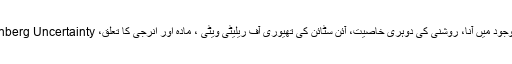
کتا ب میں جن مو ضو عات پر بحث کی گئی ہے ان میں ایٹمز کے نیو کلیسس کا وجود میں آنا، روشنی کی دوہری خاصیت، آئن سٹائن کی تھیوری آف ریلیٹی ویٹی ، مادہ اور انرجی کا تعلق، Heisenberg Uncertainty ، مقنا طیسیت ،کشش ثقل سمیت دیگر اہم سائنسی مو ضو عات شامل ہیں۔